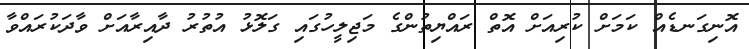
އޮނިގަނޑެއް ކަމަށް ކުރިއަށް އޮތް ރައްޔިތުންގެ މަޖިލީހުގައި ގަލޮޅު އުތުރު ދާއިރާއަށް ވާދަކުރައްވާ